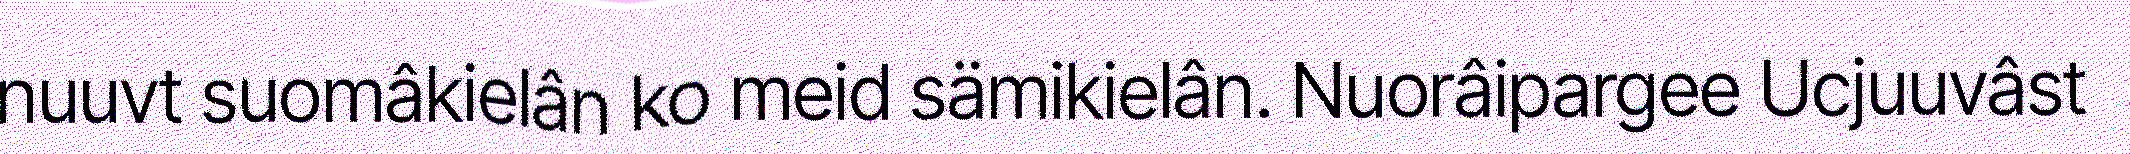
nuuvt suomâkielân ko meid sämikielân. Nuorâipargee Ucjuuvâst